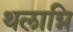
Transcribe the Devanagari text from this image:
थलाग्नि